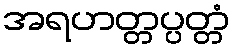
အရဟတ္တပ္ပတ္တံ